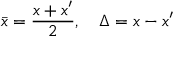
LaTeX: \bar { x } = { \frac { x + x ^ { \prime } } { 2 } } , \quad \Delta = x - x ^ { \prime }